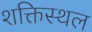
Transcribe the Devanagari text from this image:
शक्तिस्थल